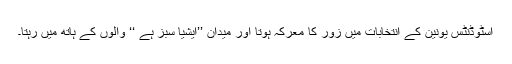
اسٹوڈنٹس یونین کے انتخابات میں زور کا معرکہ ہوتا اور میدان ’’ایشیا سبز ہے ‘‘ والوں کے ہاتھ میں رہتا۔